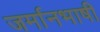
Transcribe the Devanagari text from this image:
जर्मानभाषी